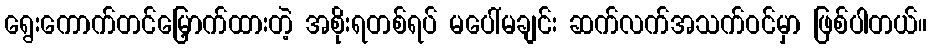
ရွေးကောက်တင်မြှောက်ထားတဲ့ အစိုးရတစ်ရပ် မပေါ်မချင်း ဆက်လက်အသက်ဝင်မှာ ဖြစ်ပါတယ်။